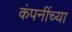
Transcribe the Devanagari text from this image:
कंपनींच्या